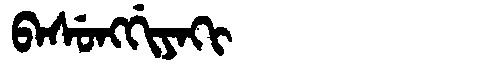
Manchu: ᠪᠠᠰᡠᠩᡤᡳᠶᠠᡴᡳ
Romanization: BASUNGGIYAKI